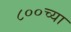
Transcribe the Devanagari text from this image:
८००च्या